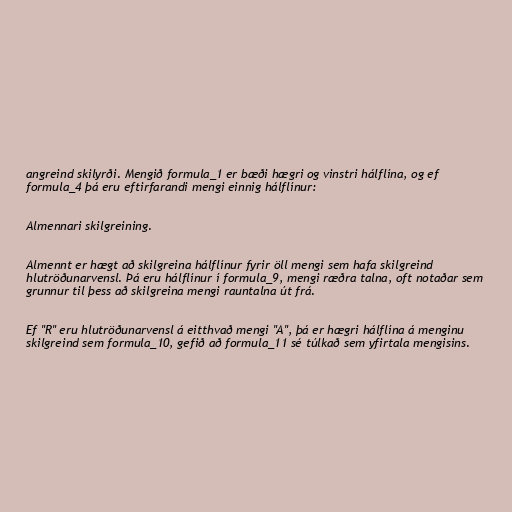
angreind skilyrði. Mengið formula_1 er bæði hægri og vinstri hálflína, og ef
formula_4 þá eru eftirfarandi mengi einnig hálflínur:

Almennari skilgreining.

Almennt er hægt að skilgreina hálflínur fyrir öll mengi sem hafa skilgreind
hlutröðunarvensl. Þá eru hálflínur í formula_9, mengi ræðra talna, oft notaðar sem
grunnur til þess að skilgreina mengi rauntalna út frá.

Ef "R" eru hlutröðunarvensl á eitthvað mengi "A", þá er hægri hálflína á menginu
skilgreind sem formula_10, gefið að formula_11 sé túlkað sem yfirtala mengisins.